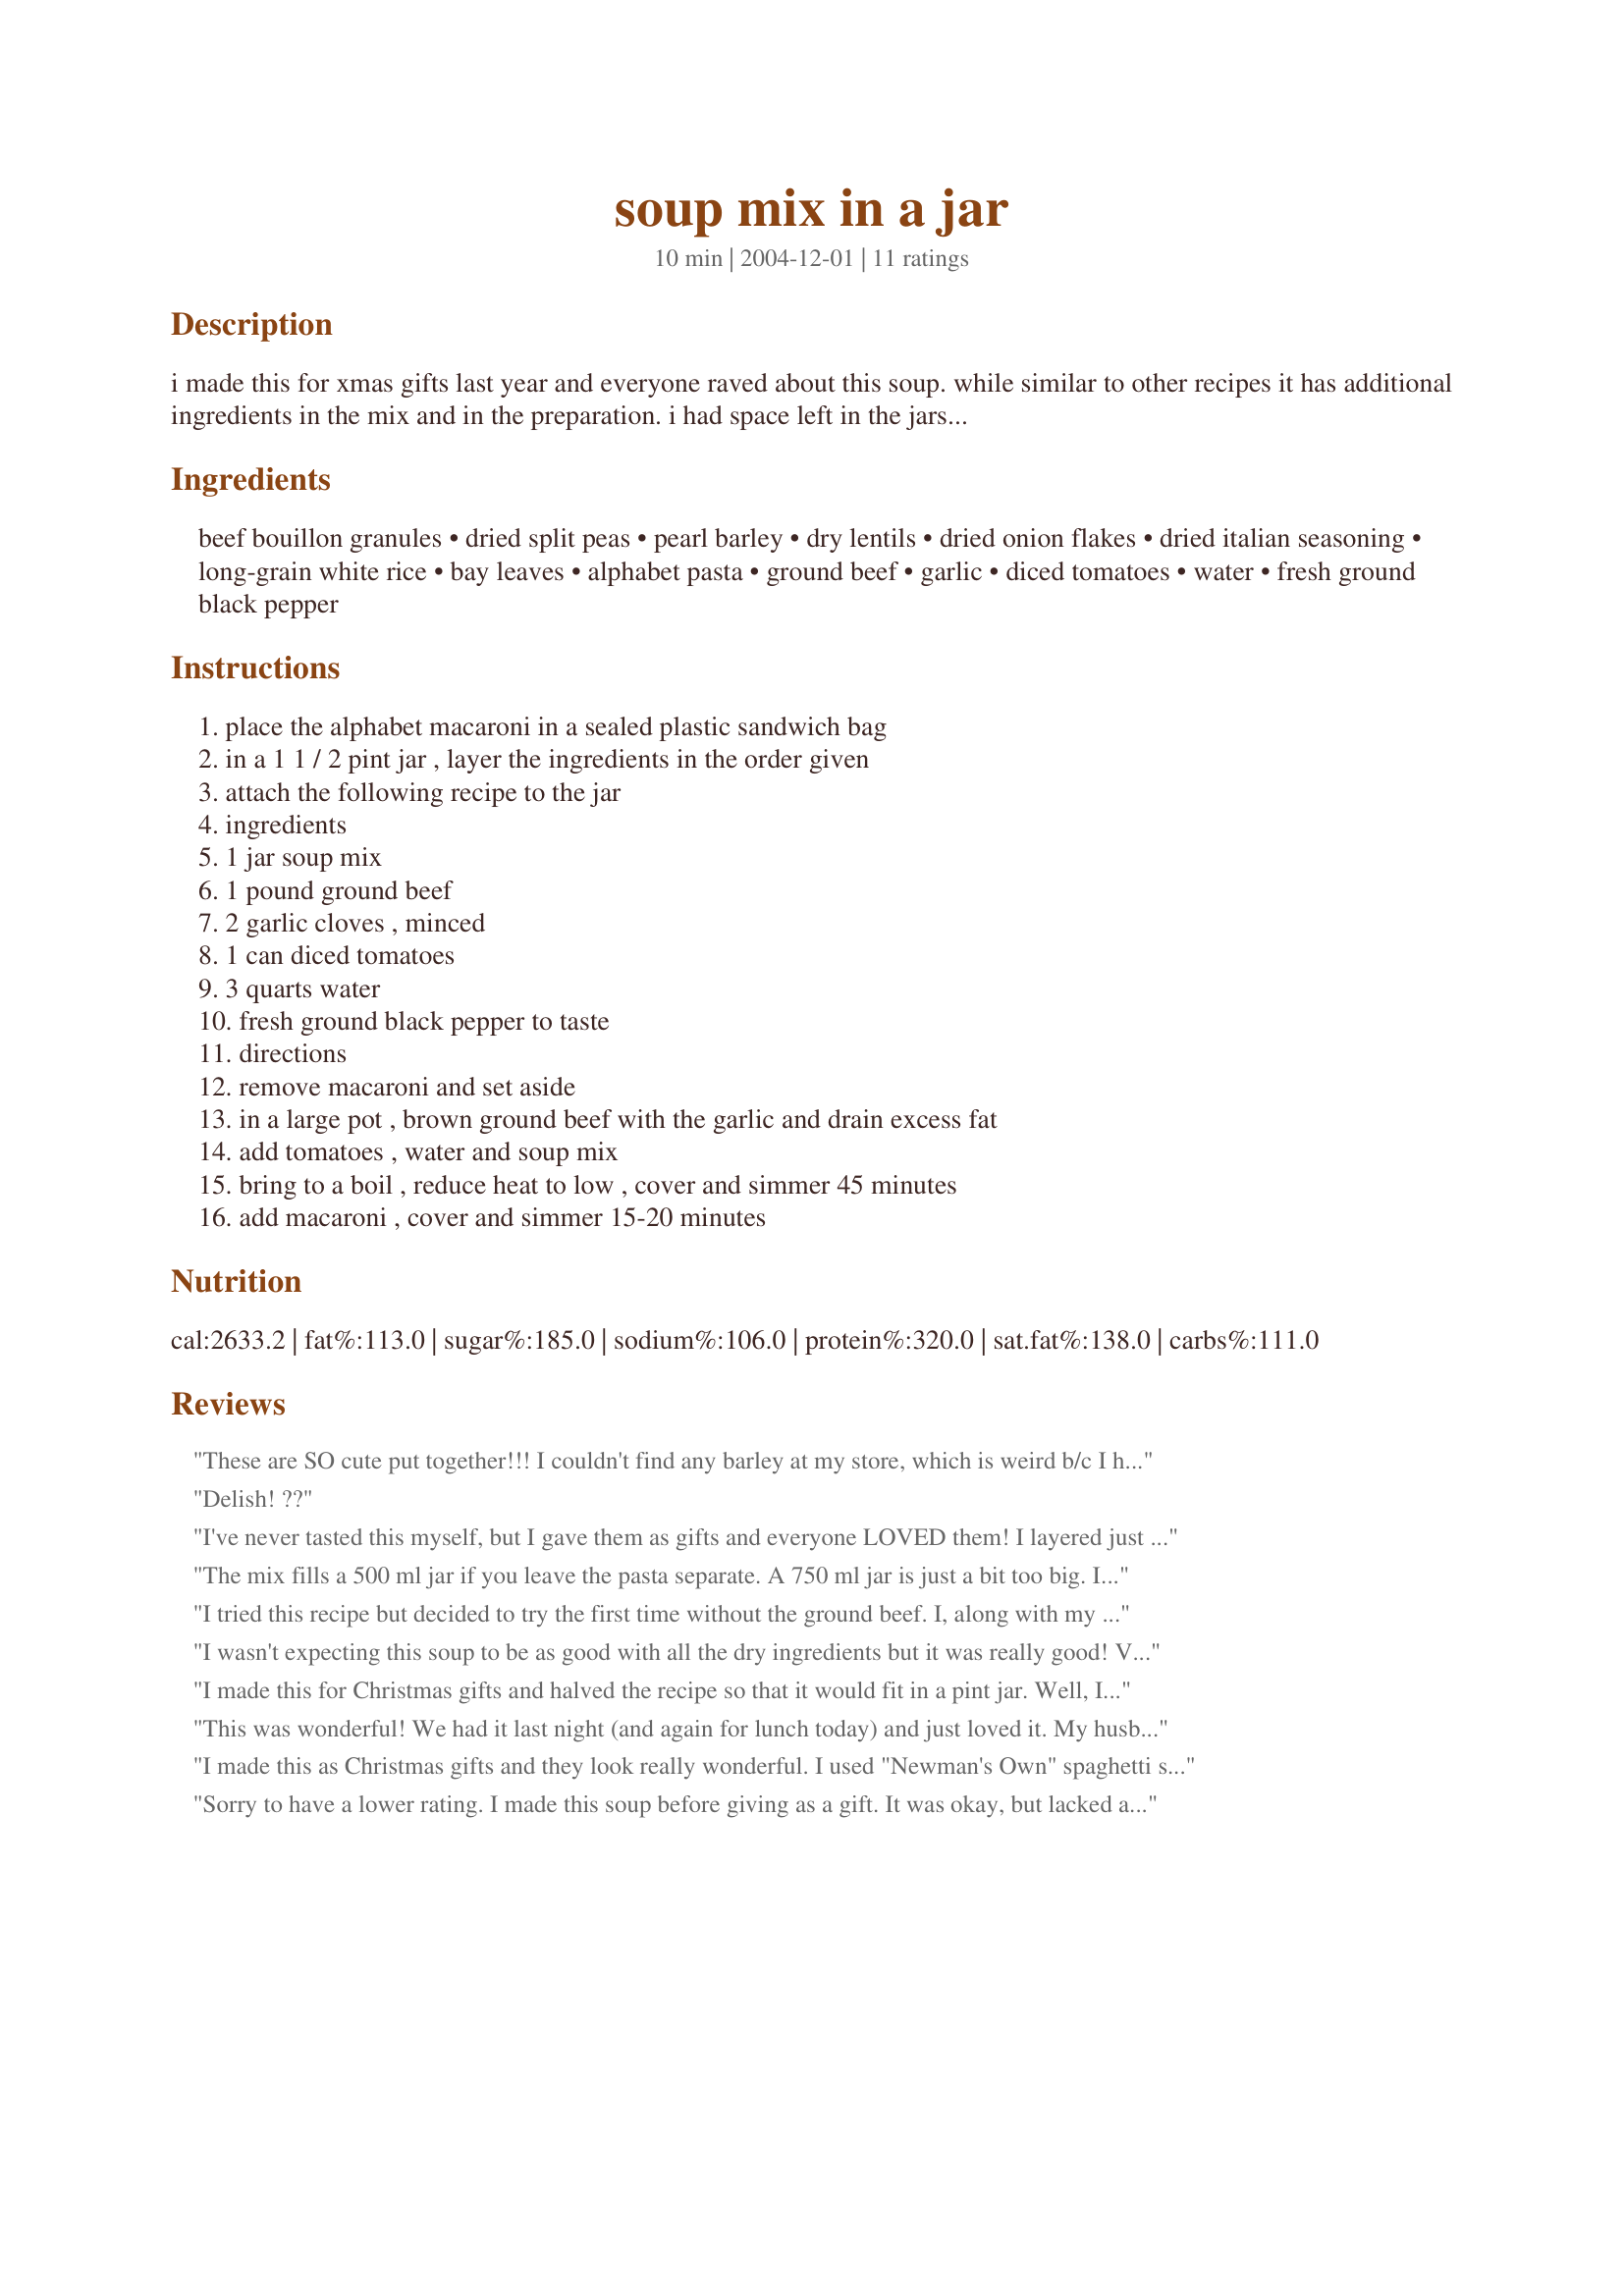
soup mix in a jar
Preparation time: 10 minutes

i made this for xmas gifts last year and everyone raved about this soup. while similar to other recipes it has additional ingredients in the mix and in the preparation. i had space left in the jars i was using so i added baggies with goldfish crackers and directed that they be removed with the macaroni.

Ingredients:
beef bouillon granules, dried split peas, pearl barley, dry lentils, dried onion flakes, dried italian seasoning, long-grain white rice, bay leaves, alphabet pasta, ground beef, garlic, diced tomatoes, water, fresh ground black pepper

Steps:
place the alphabet macaroni in a sealed plastic sandwich bag, in a 1 1 / 2 pint jar , layer the ingredients in the order given, attach the following recipe to the jar, ingredients, 1 jar soup mix, 1 pound ground beef, 2 garlic cloves , minced, 1 can diced tomatoes, 3 quarts water, fresh ground black pepper to taste, directions, remove macaroni and set aside, in a large pot , brown ground beef with the garlic and drain excess fat, add tomatoes , water and soup mix, bring to a boil , reduce heat to low , cover and simmer 45 minutes, add macaroni , cover and simmer 15-20 minutes

Reviews:
These are SO cute put together!!! I couldn't find any barley at my store, which is weird b/c I have bought it before so they must have been out. So I got red kidney beans instead so it was a pretty color! I cut the recipe in half like Mrs. Emily said and tried going a tad heavier on the onion. I did add a tad bit more rice and pasta to each to fill up some of the space. I'm getting ready to make a pot of this soup for lunch, but wanted to review it at least to this point before I forgot! Also, one bag of each dried item, 1 lb. each, and a 1 lb box of pasta, 2, 2 oz. containers of onion flakes, and 1 jar of beef bouillon were enough to fill 9 pint jars. And maybe half a container of Italian seasoning. Thanks for a great recipe :) UPDATE: This was so tasty! I am so very glad I made it! I actually used beef stock instead of water and added some Tastefully Simple Onion Onion to the beef while it was cooking. I definitely won't use kidney beans again...they were just too big compared to everything else and didn't cook the whole way through by the time everything else was done cooking. I actually think I'll make this recipe again, not only for gift giving! Thanks again :)
Delish! ??
I've never tasted this myself, but I gave them as gifts and everyone LOVED them! I layered just as written, and gave a can of nice imported tomatoes with it - it looked very cute. To simplify a little, I added garlic powder to the mix and left the garlic out of the instructions. If I do it again, I'd try to scale it down a bit, since not everyone I know has a pot big enough to hold 16+ cups of stuff. =]
The mix fills a 500 ml jar if you leave the pasta separate. A 750 ml jar is just a bit too big. I used a little less boullion granules because 1 tsp is usually needed for 2 cups liquid. since I am vegetarian I also used the vegetarian versions of everything. I actually made this soup tonight and it smells and tastes fantastic. Instead of ground beef/mince I used TVP which I threw in with a little oil and the garlic. One of the better soups I have come across on Zaar so don't hesitate to give this one as a gift!
I tried this recipe but decided to try the first time without the ground beef. I, along with my husband and son, loved it!! I probably will try it with the beef, but it really isn't needed.

It makes a HUGE pot so be prepared to either have some company over, or freeze some of it.

I'll be preparing quite a few jars to give as gifts, as well as keeping for my family.
I wasn't expecting this soup to be as good with all the dry ingredients but it was really good! Very flavorful and tasty. Super easy to make. Thank you!
I made this for Christmas gifts and halved the recipe so that it would fit in a pint jar. Well, I made a critical (but tasty) mathematical error by accidently increasing the amount of onions to 1/2 cup instead of decreasing it to 1/8 cup. It is actually fabulous when prepared with the extra onions. We also like to add sausage or meatballs to the soup instead ground beef.
This was wonderful! We had it last night (and again for lunch today) and just loved it. My husband says "A+". My 2yo had half her bowl eaten before I had even started! Definitely recommend!
The only changes I made was to increase some of the ingredients - 3/4 c lentils, 1 c pasta, 1 qt stewed tomatoes. This just made the soup thicker, and filled the quart jar a little better. Thank you so much for this recipe - I am going to be packing several jars to have on hand for hectic days. :) I am also going to pack some 1/2 batch jars to give to grandparents - still plenty for at least 2 meals, but not so much to overwhelm them.
As a side note - make sure to use an extremely large pot - I'd recommend a stock pot. My 5qt dutch oven was full to the brim, so I had to transfer to a stock pot. Save the dishes and start bigger than you think you need! This make a hearty meal for 6-8 adults.
I made this as Christmas gifts and they look really wonderful. I used "Newman's Own" spaghetti sauce jars and it fits perfectly. I had a little trouble finding the barley, but I finally found it at one grocery store in the dried beans area. I also made some for myself to try it before I gave it as gifts, and I thought it was excellent and seemed very healthy. I used ground turkey instead of ground beef, and garlic powder instead of garlic cloves. I will probably make more of this for myself just to have on hand as a homemade "convenience food" Thanks for sharing!
Sorry to have a lower rating. I made this soup before giving as a gift. It was okay, but lacked a little in flavor. Plus, for some reason, my split peas did not cook and were still crunchy. I made half a recipe and it still made a lot of soup! Overall, it's okay and I'm still giving the soup, but it just needs some extra seasoning. Some fresh parmesan grated on top would be good.
Very convenient idea that we will definitely implement for other soups. I added bay leaves & maggi to try to improve it, just not a hit.. (Sorry.)
